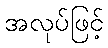
အလုပ်ဖြင့်